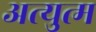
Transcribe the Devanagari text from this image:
अत्युत्म